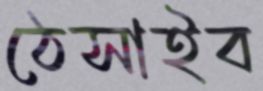
ঠেসাইব